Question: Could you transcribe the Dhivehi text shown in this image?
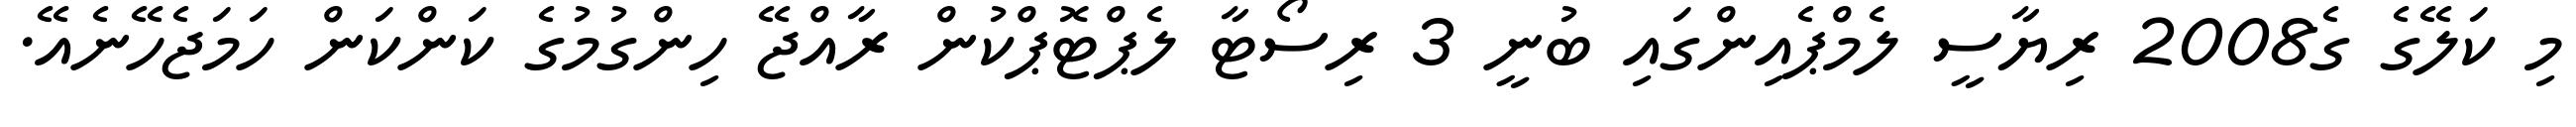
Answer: މި ކަލޭގެ ގެ2008 ރިޔާސީ ލެމްޕެއިންގައި ބުނީ 3 ރިސޯޓާ ލެޕްޓޮޕްކުން ރާއްޖޭ ހިންގުމުގެ ކަންކަން ހަމަޖެހޭނެއޭ.